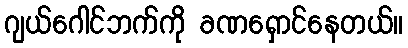
ဂျယ်ဂေါင်ဘက်ကို ခဏရှောင်နေတယ်။